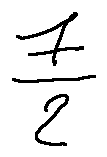
\frac { 7 } { 2 }